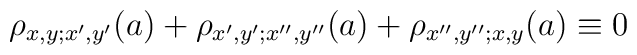
\rho_{x,y;x',y'}(a)+\rho_{x',y';x'',y''}(a)+\rho_{x'',y'';x,y}(a)\equiv 0